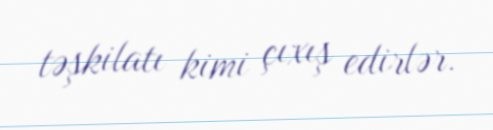
təşkilatı kimi çıxış edirlər.